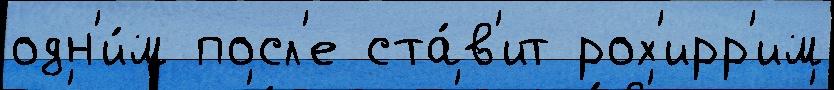
одн'и́м посл'е ста́в'ит рох'ирр'им